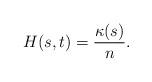
LaTeX: \begin{align*}H(s,t)=\frac{\kappa(s)}{n}.\end{align*}